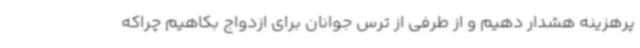
پرهزینه هشدار دهیم و از طرفی از ترس جوانان برای ازدواج بکاهیم چراکه